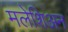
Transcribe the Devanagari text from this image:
मलेशिअन